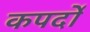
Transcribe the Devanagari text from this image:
कपर्दों